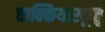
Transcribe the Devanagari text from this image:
चाक्कियारकूत्तु